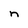
Character: n